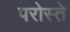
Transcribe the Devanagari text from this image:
परोस्ते